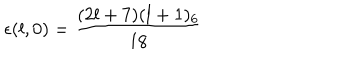
\epsilon ( l , 0 ) = \frac { ( 2 l + 7 ) ( l + 1 ) _ { 6 } } { 1 8 }